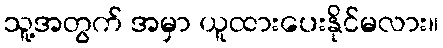
သူ့အတွက် အမှာ ယူထားပေးနိုင်မလား။